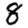
Digit: 8